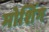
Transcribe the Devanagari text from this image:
मोशिंग